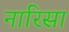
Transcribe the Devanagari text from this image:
नारिसा